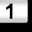
Digit: 1